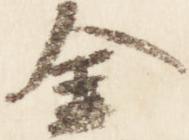
金